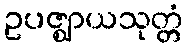
ဥပဇ္ဈာယသုတ္တံ